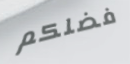
فضلكم